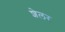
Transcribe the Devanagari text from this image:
शेलर